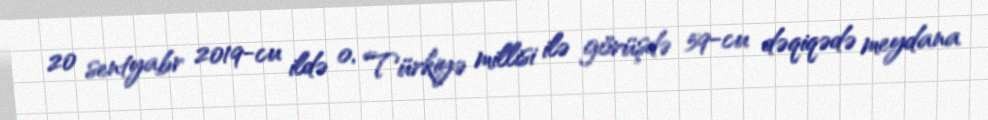
20 sentyabr 2019-cu ildə o, Türkiyə millisi ilə görüşdə 59-cu dəqiqədə meydana